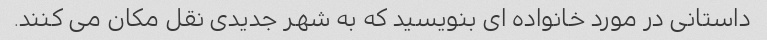
داستانی در مورد خانواده ای بنویسید که به شهر جدیدی نقل مکان می کنند.